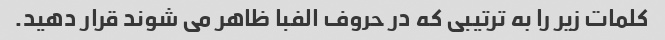
کلمات زیر را به ترتیبی که در حروف الفبا ظاهر می شوند قرار دهید.